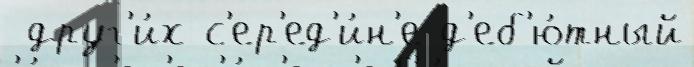
 друг'и́х с'ер'ед'и́н'е д'еб'ю́тный